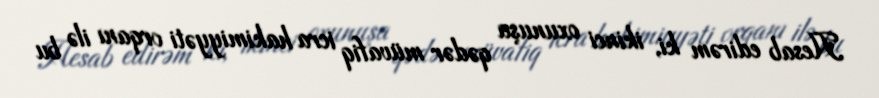
Hesab edirəm ki, ikinci oxunuşa qədər müvafiq icra hakimiyyəti orqanı ilə bu